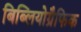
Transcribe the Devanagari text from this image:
बिब्लियोग्रैफिक